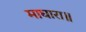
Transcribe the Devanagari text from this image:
माघारा॥